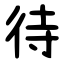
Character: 待